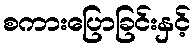
စကားပြောခြင်းနှင့်